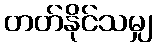
တတ်နိုင်သမျှ